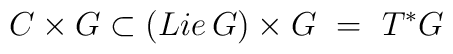
C\times G \subset (Lie\, G) \times G \ =\  T^*G